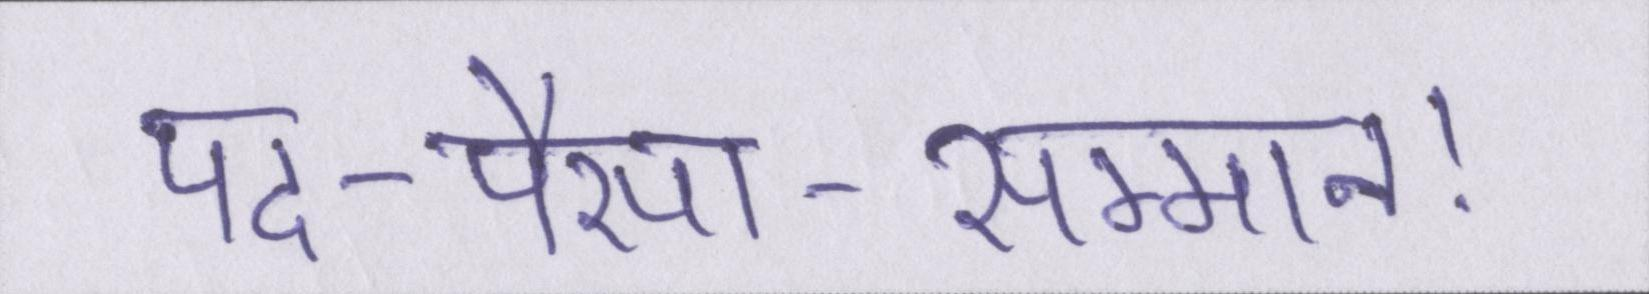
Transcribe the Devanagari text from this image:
पद-पैसा-सम्मान।